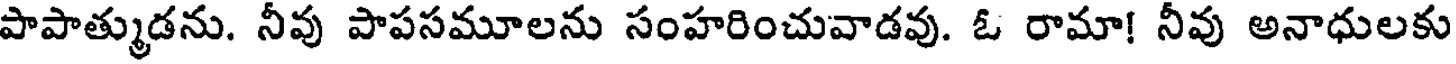
పాపాత్ముడను. నీవు పాపసమూలను సంహరించువాడవు. ఓ రామా! నీవు అనాధులకు